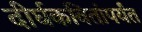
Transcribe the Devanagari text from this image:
दीर्घकवितांपर्यंत